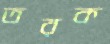
তরক